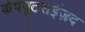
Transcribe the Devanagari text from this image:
कंपयूटराईज़द